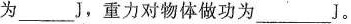
为\underline{J}，重力对物体做功为\underline{J}。